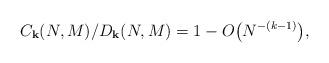
LaTeX: \begin{align*} C_{\bold k}(N,M)/D_{\bold k}(N,M)=1-O\bigl(N^{-(k-1)}\bigr),\end{align*}